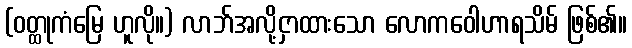
(ဝတ္ထုကံမြေ ဟူလို။) လာဘ်အလို့ငှာထားသော လောကဝေါဟာရသိမ် ဖြစ်၏။